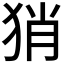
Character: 𤞚